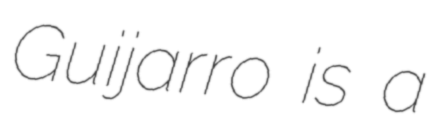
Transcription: Guijarro is a